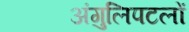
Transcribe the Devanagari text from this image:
अंगुलिपटलों